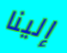
إلينا